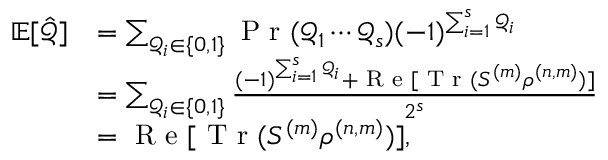
\begin{array} { r l } { \mathbb { E } [ \hat { \mathcal { Q } } ] } & { = \sum _ { \mathcal { Q } _ { i } \in \{ 0 , 1 \} } \textrm { P r } ( \mathcal { Q } _ { 1 } \cdots \mathcal { Q } _ { s } ) ( - 1 ) ^ { \sum _ { i = 1 } ^ { s } \mathcal { Q } _ { i } } } \\ & { = \sum _ { \mathcal { Q } _ { i } \in \{ 0 , 1 \} } \frac { ( - 1 ) ^ { \sum _ { i = 1 } ^ { s } \mathcal { Q } _ { i } } + \textrm { R e } [ \textrm { T r } ( S ^ { ( m ) } \rho ^ { ( n , m ) } ) ] } { 2 ^ { s } } } \\ & { = \textrm { R e } [ \textrm { T r } ( S ^ { ( m ) } \rho ^ { ( n , m ) } ) ] , } \end{array}